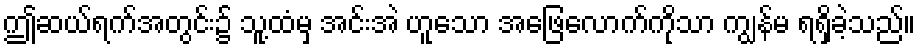
ဤဆယ်ရက်အတွင်း၌ သူ့ထံမှ အင်းအဲ ဟူသော အဖြေလောက်ကိုသာ ကျွန်မ ရရှိခဲ့သည်။